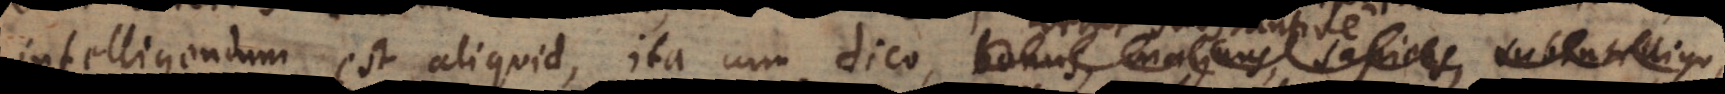
intelligendum est aliquid, ita cum dico bonus, magnus, sapiens,